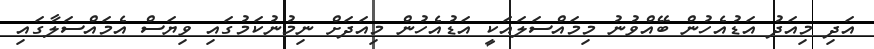
އަދި މިއަދު އަޑުއެހުން ބޭއްވުނު މިމައްސަލައަކީ އަޑުއެހުން މިއަދަށް ނިމުނުކަމުގައި ވިޔަސް އެމައްސަލާގައި